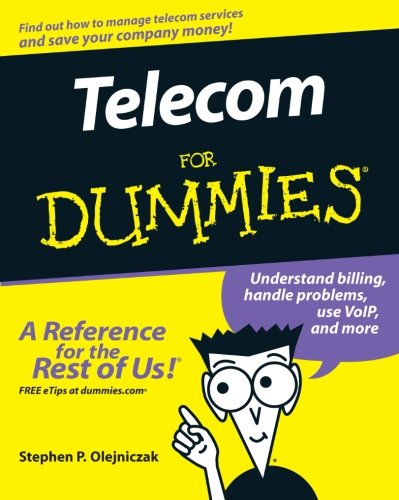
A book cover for Telecom For Dummies; Stephen P. Olejniczak; Reference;